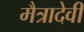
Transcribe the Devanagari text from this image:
मैत्रादेवी